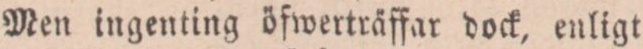
Men ingenting öfwerträffar dock, enligt